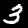
Label: 3